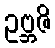
ဥဗ္ဘဇိ